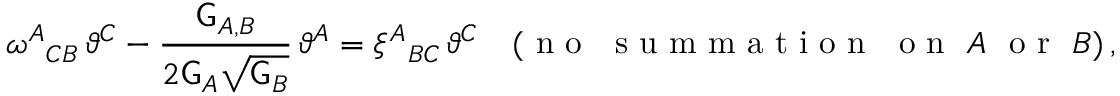
\omega ^ { A } { } _ { C B } \, \vartheta ^ { C } - \frac { \mathsf { G } _ { A , B } } { 2 \mathsf { G } _ { A } \sqrt { \mathsf { G } _ { B } } } \, \vartheta ^ { A } = \xi ^ { A } { } _ { B C } \, \vartheta ^ { C } \quad ( \mathrm { ~ n ~ o ~ ~ ~ s ~ u ~ m ~ m ~ a ~ t ~ i ~ o ~ n ~ ~ ~ o ~ n ~ } ~ A ~ \mathrm { ~ o ~ r ~ } ~ B ) \, ,